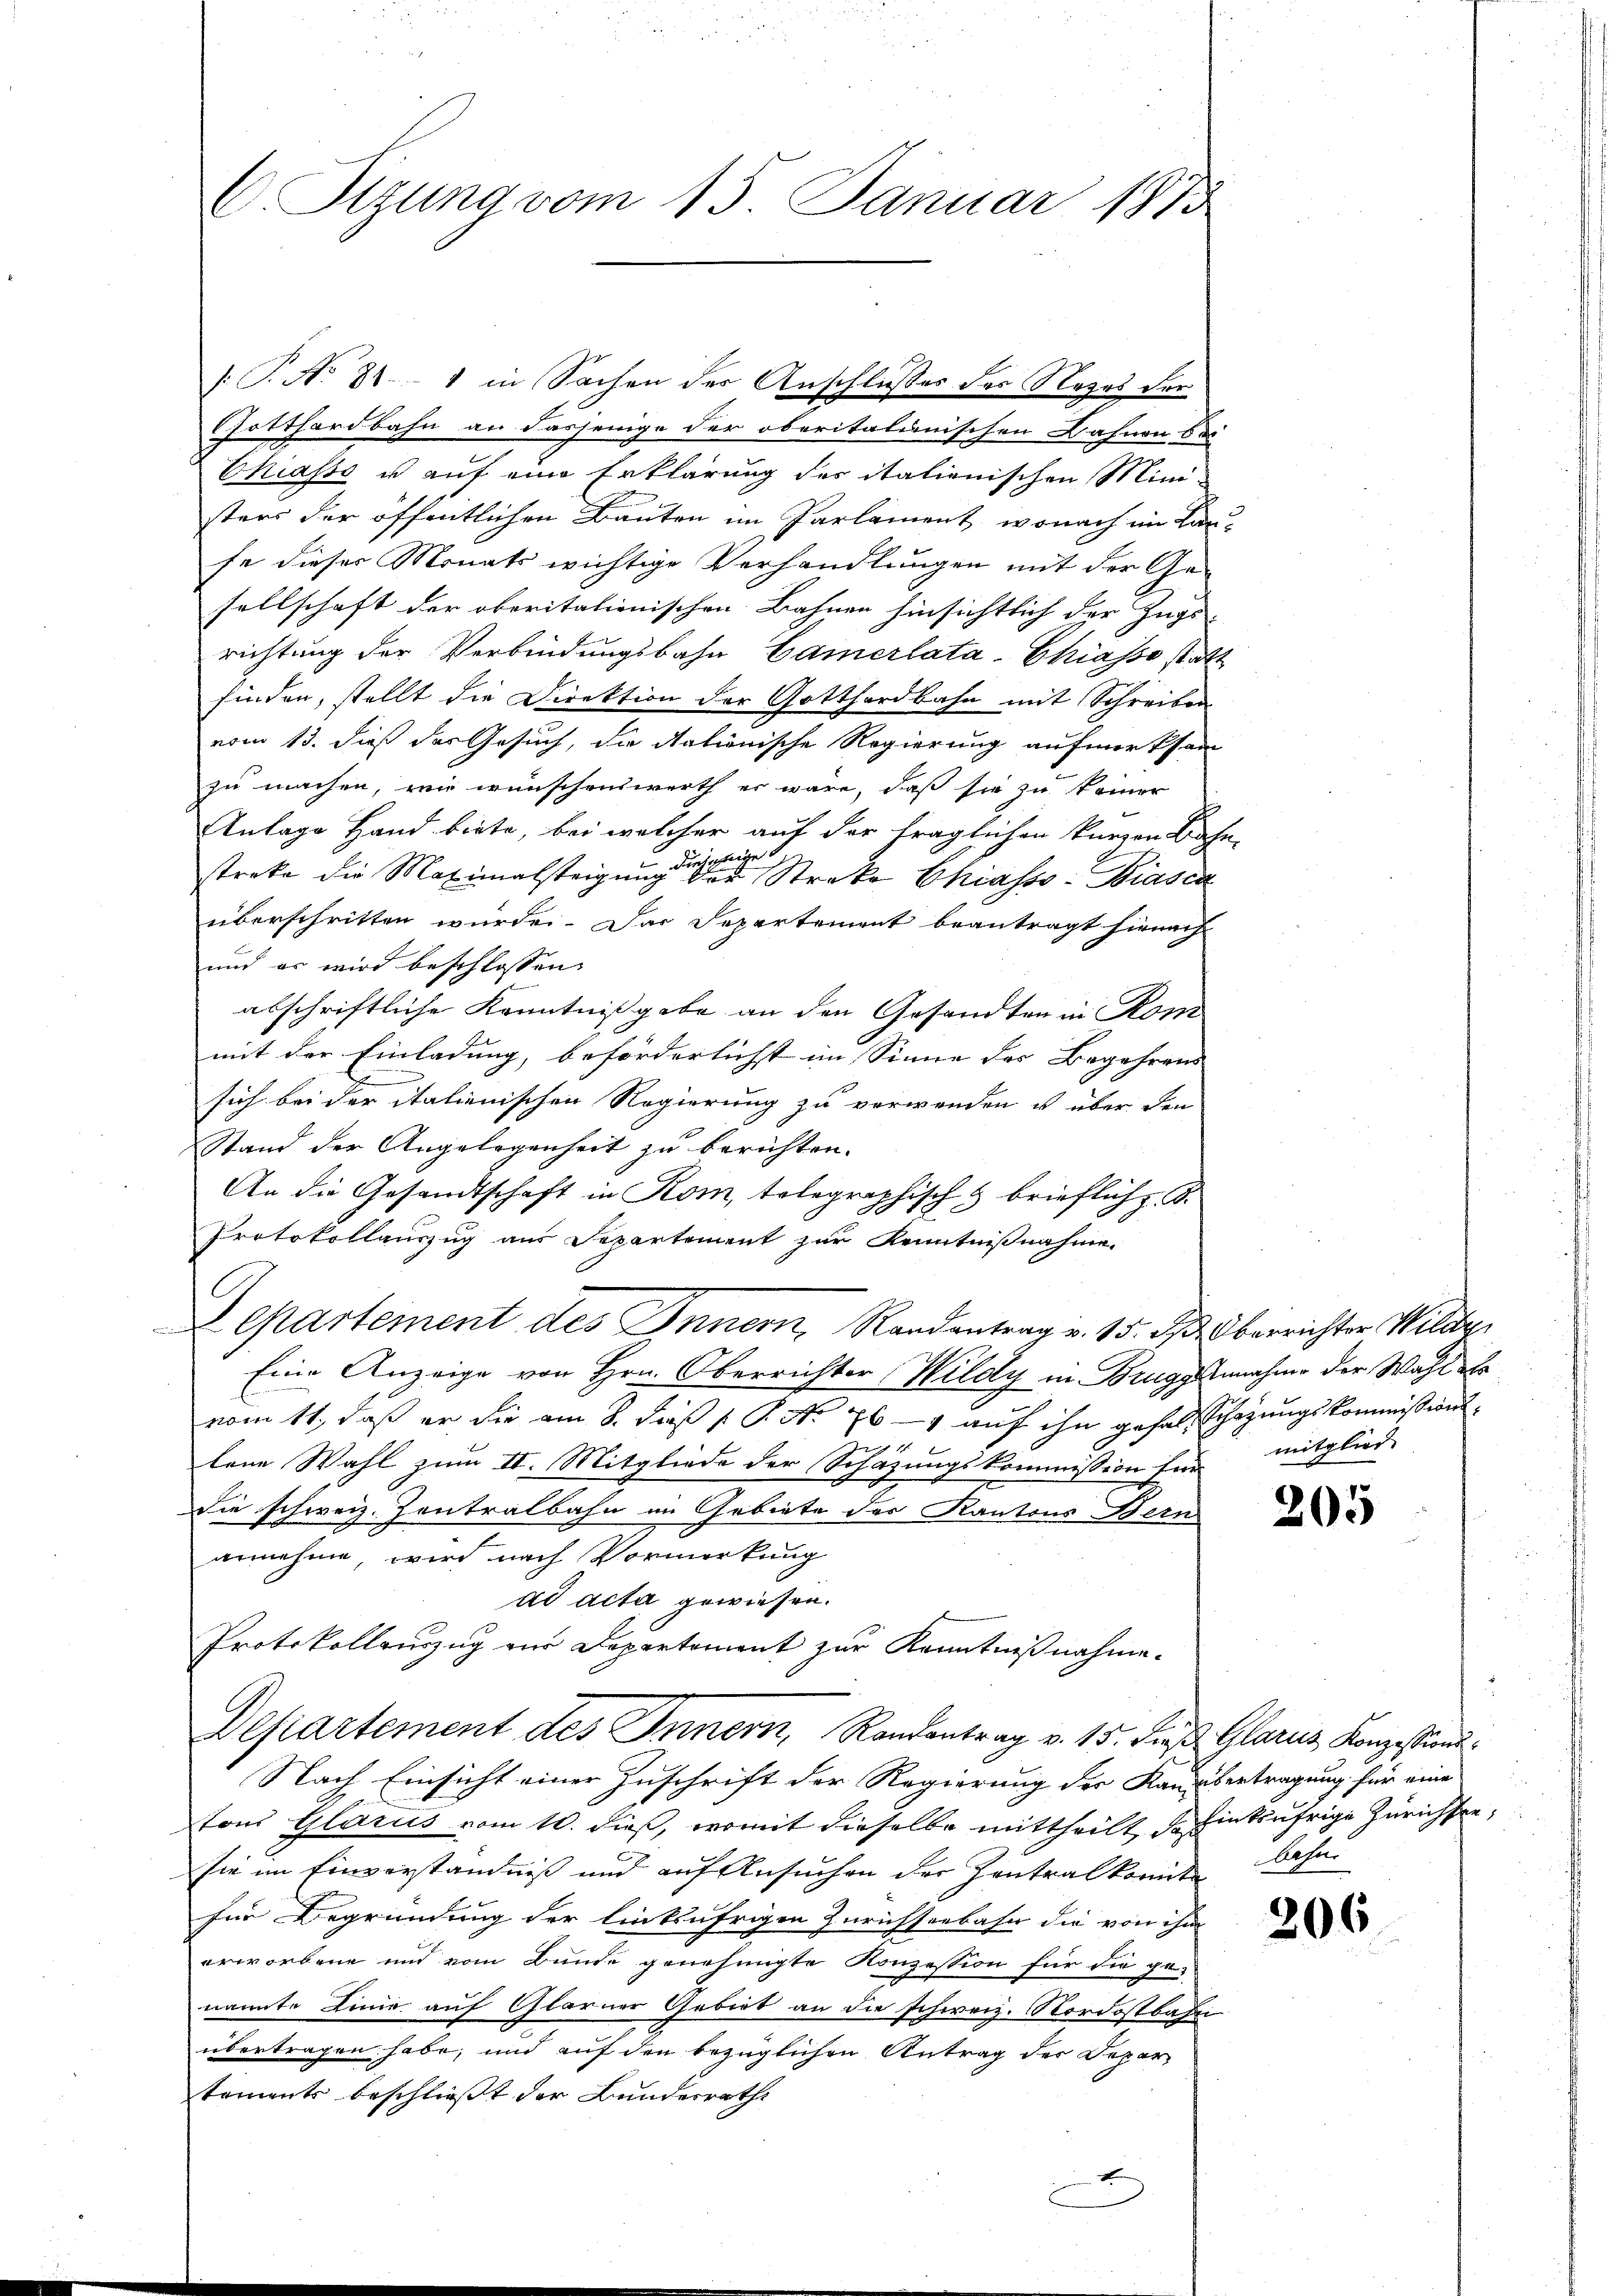
C. Sizung vom 15. Januar 1873

Chiasso u auf eine Erklärung des italienischen Ministers der öffentlichen Bauten im Parlament, wonach im Lanfe dieser Monats wichtige Verhandlungen mit der Gesellschaft der oberitalienischen Bahnen hinsichtlich der Zugs-
richtung der Verbindungsbahn Camerlata-Chiasso statt
finden, stellt die Direktion der Gotthardbahn mit Schreiben
vom 13. dieß des Gesuch, die Nationische Regierung aufmerksam
zu machen, wie wünschenswerth er wäre, daß sie zu keiner
Anlage Hand biete, bei welcher auf der träglichen kurzen Bahn-
Dursteige
streke die Maximalsteigung der Streke Chiasso-Biasca
überschritten wurde. Das Separtement beantragt hienach
und es wird beschlossen:
abschriftliche Kenntnißgabe an den Gesandten in Rom
mit der Einladung, beförderlichst im Sinne des Begehrens
.
sich bei der italienischen Regierung zu verwenden u über den
Stand der Angelegenheit zu berichten.
An die Gesandtschaft in Rom, telegraphisch brieflich z. B.
Protokollauszug aus Separtement zur Kenntnißnahme
Departement des Inner, Randantrag v. 15. d. Oberrichter Wilde
Eine Anzeige von Hrn. Oberrichter Wildy in Bruggennahme der Wahl als
vom 11., daß er die am 8. daß P. No. 761 auf ihn gehalt Schazungskommissions¬
2
1
lene Wahl zum II. Mitgliede der Schazungskommission für mitglied
Die schweiz. Zentralbahn im Gebiete des Kantons Bern
annehme, wird nach Vormerkung
ad acta gewiesen.
Protokollauszug zur Departement zur Kenntnißnahme.
Dehartement des Innern, Randantrag v. 15. Fuß Glarus Konzestand¬
Nach Einsicht einer Zuschrift der Regierung der Kanzbertragung für eine
tons Glarus vom 10. dieß, womit dieselbe mittheilt, deinkufrige Zürichten,
sie im Einverständniß und auf Ansuchen der Zentralkomite
für Begründung der linksährigen Zürichseebahn die von ihm
erworbene und vom Bunde genehmigte Konzession für die ge-
nannte Linie auf Glarner Gebiet an die schweiz. Nordostbahni
übertragen habe, und auf den bezüglichen Antrag der Depar
tements beschließt der Bundesrath
f
E

/T. No 841 in Sachen der Anschlußes des Rezes der
Gotthardbahn an dasjenige der oberitalienischen Bahnen bei

205

Aesur

206